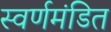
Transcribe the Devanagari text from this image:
स्वर्णमंडित